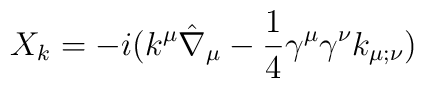
X_k = -i ( k^\mu \hat\nabla_\mu - {1\over 4} \gamma^\mu \gamma^\nu k_{\mu;\nu})